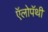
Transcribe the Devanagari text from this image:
ऍलोपॅथी